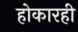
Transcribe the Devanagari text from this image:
होकारही